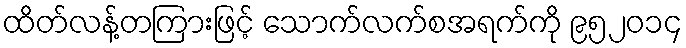
ထိတ်လန့်တကြားဖြင့် သောက်လက်စအရက်ကို ၉၅၂၀၁၄